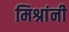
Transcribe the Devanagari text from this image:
मिश्रांनी